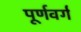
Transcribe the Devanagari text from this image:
पूर्णवर्ग